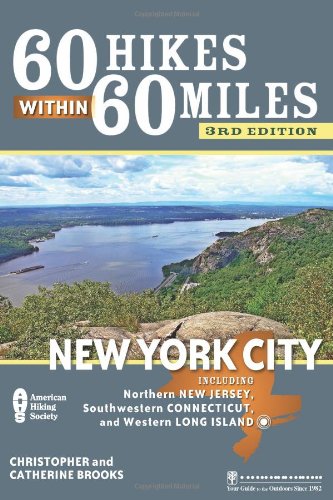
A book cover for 60 Hikes Within 60 Miles: New York City: Including Northern New Jersey, Southwestern Connecticut, and Western Long Island; Christopher Brooks; Health, Fitness & Dieting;